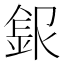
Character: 𲇆